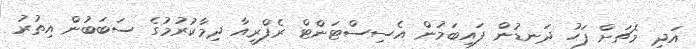
އަދި މެޗަށް ފަހު ދަނޑުން ފައިބަމުން އެސިސްޓަންޓް ރެފްރީއާ ދިމާކުރުމުގެ ސަބަބުން އިތުރު